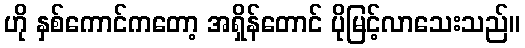
ဟို နှစ်ကောင်ကတော့ အရှိန်တောင် ပိုမြင့်လာသေးသည်။